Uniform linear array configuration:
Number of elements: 32
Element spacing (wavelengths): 0.25
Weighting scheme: cosine
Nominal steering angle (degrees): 15
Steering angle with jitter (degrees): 14.723
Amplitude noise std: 0.05
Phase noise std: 0.05

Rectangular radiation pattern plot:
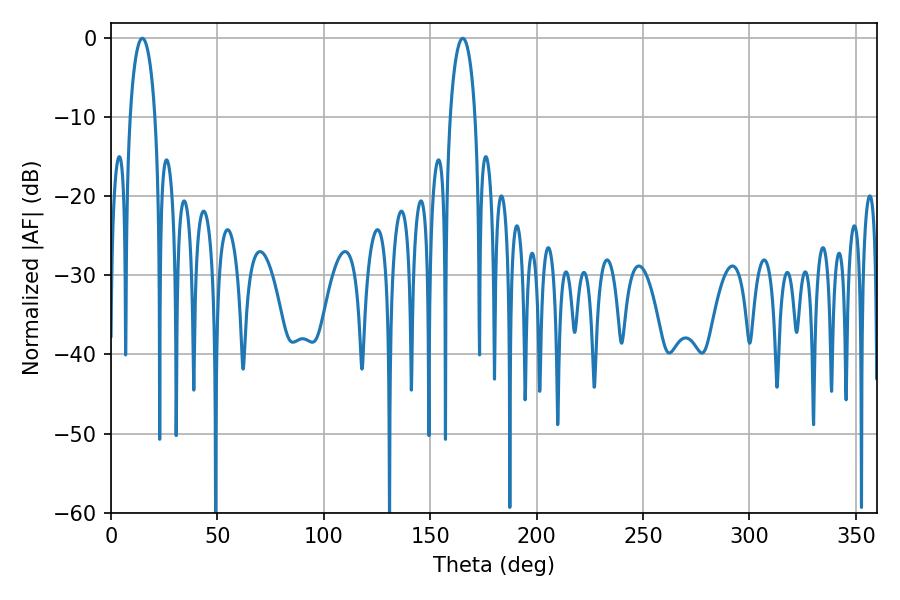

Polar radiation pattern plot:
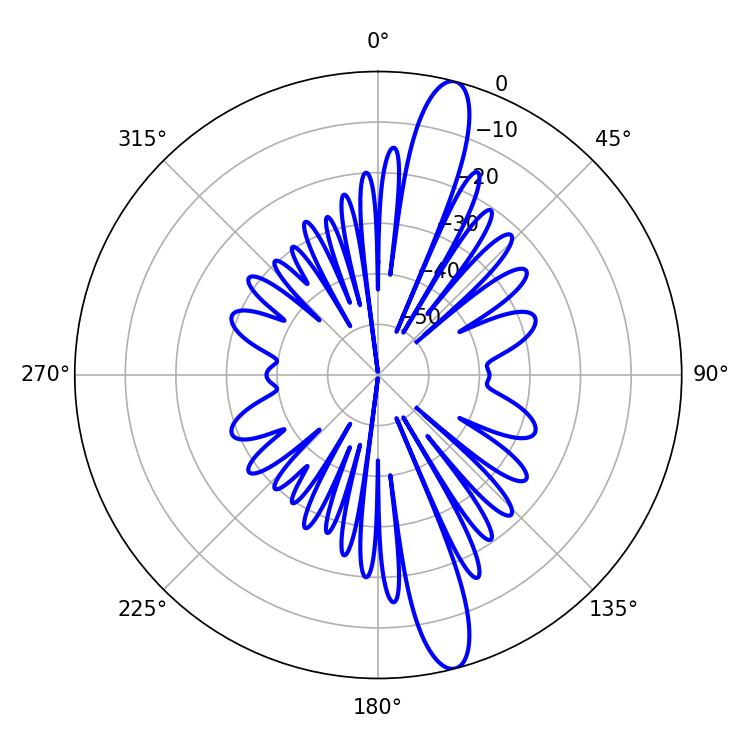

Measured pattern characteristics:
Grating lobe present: FALSE
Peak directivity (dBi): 14.796
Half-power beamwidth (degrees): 6.84
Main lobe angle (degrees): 14.76